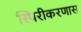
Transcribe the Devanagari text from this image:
स्थिरीकरणास